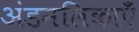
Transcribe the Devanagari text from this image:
अंडनलिकाएँ